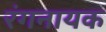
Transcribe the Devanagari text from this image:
रंगनायक